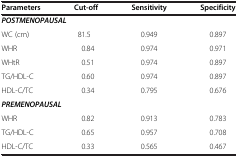
| Parameters | Cut-off | Sensitivity | Specificity |
 | --- | --- | --- | --- |
 | <COLSPAN=4> POSTMENOPAUSAL |
 | WC (cm) | 81.5 | 0.949 | 0.897 |
 | WHR | 0.84 | 0.974 | 0.971 |
 | WHtR | 0.51 | 0.974 | 0.897 |
 | TG/HDL-C | 0.60 | 0.974 | 0.897 |
 | HDL-C/TC | 0.34 | 0.795 | 0.676 |
 | <COLSPAN=4> PREMENOPAUSAL |
 | WHR | 0.82 | 0.913 | 0.783 |
 | TG/HDL-C | 0.65 | 0.957 | 0.708 |
 | HDL-C/TC | 0.33 | 0.565 | 0.467 |